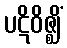
ပဋိဝိဇ္ဈိံ